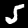
Digit: 5